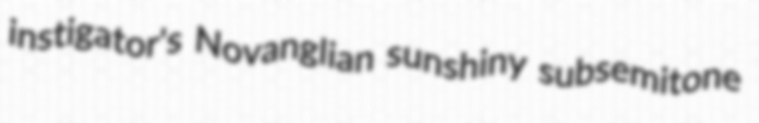
instigator's Novanglian sunshiny subsemitone